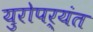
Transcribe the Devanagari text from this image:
युरोपर्यंत